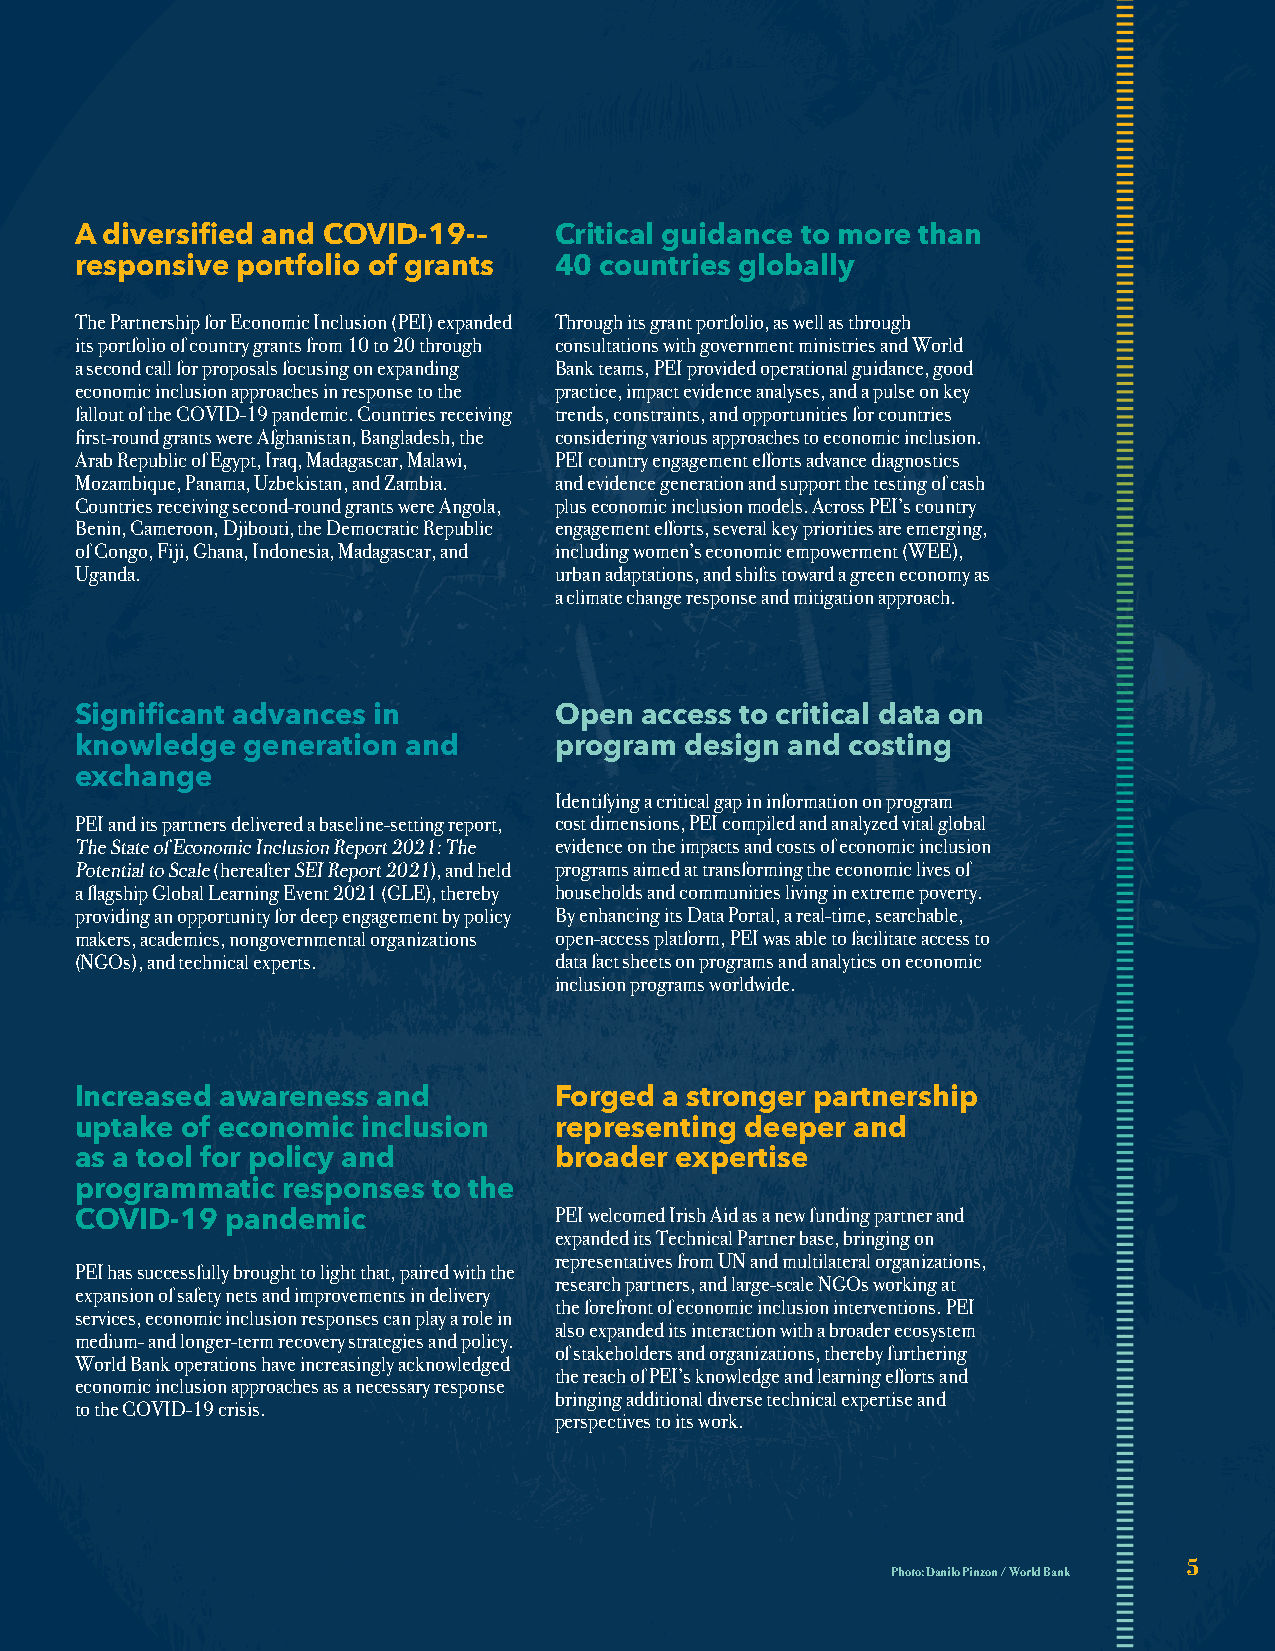
A diversified and COVID-19-–    Critical guidance to more than
 responsive portfolio of grants  40 countries globally
 The Partnership for Economic Inclusion (PEI) expanded Through its grant portfolio, as well as through
 its portfolio of country grants from 10 to 20 through consultations with government ministries and World
 a second call for proposals focusing on expanding Bank teams, PEI provided operational guidance, good
 economic inclusion approaches in response to the practice, impact evidence analyses, and a pulse on key
 fallout of the COVID-19 pandemic. Countries receiving trends, constraints, and opportunities for countries
 first-round grants were Afghanistan, Bangladesh, the considering various approaches to economic inclusion.
 Arab Republic of Egypt, Iraq, Madagascar, Malawi, PEI country engagement efforts advance diagnostics
 Mozambique, Panama, Uzbekistan, and Zambia. and evidence generation and support the testing of cash
 Countries receiving second-round grants were Angola, plus economic inclusion models. Across PEI’s country
 Benin, Cameroon, Djibouti, the Democratic Republic engagement efforts, several key priorities are emerging,
 of Congo, Fiji, Ghana, Indonesia, Madagascar, and including women’s economic empowerment (WEE),
 Uganda.                         urban adaptations, and shifts toward a green economy as
 a climate change response and mitigation approach.
 Significant advances in         Open access to critical data on
 knowledge  generation and       program design and costing
 exchange
 Identifying a critical gap in information on program
 PEI and its partners delivered a baseline-setting report, cost dimensions, PEI compiled and analyzed vital global
 The State of Economic Inclusion Report 2021: The evidence on the impacts and costs of economic inclusion
 Potential to Scale (hereafter SEI Report 2021), and held programs aimed at transforming the economic lives of
 a flagship Global Learning Event 2021 (GLE), thereby households and communities living in extreme poverty.
 providing an opportunity for deep engagement by policy By enhancing its Data Portal, a real-time, searchable,
 makers, academics, nongovernmental organizations open-access platform, PEI was able to facilitate access to
 (NGOs), and technical experts.  data fact sheets on programs and analytics on economic
 inclusion programs worldwide.
 Increased awareness and         Forged a stronger partnership
 uptake of economic inclusion    representing deeper and
 as a tool for policy and        broader expertise
 programmatic  responses to the
 COVID-19  pandemic
 PEI welcomed Irish Aid as a new funding partner and
 expanded its Technical Partner base, bringing on
 representatives from UN and multilateral organizations,
 PEI has successfully brought to light that, paired with the
 research partners, and large-scale NGOs working at
 expansion of safety nets and improvements in delivery
 the forefront of economic inclusion interventions. PEI
 services, economic inclusion responses can play a role in
 also expanded its interaction with a broader ecosystem
 medium- and longer-term recovery strategies and policy.
 of stakeholders and organizations, thereby furthering
 World Bank operations have increasingly acknowledged
 the reach of PEI’s knowledge and learning efforts and
 economic inclusion approaches as a necessary response
 bringing additional diverse technical expertise and
 to the COVID-19 crisis.
 perspectives to its work.
 5
 Photo: Danilo Pinzon / World Bank